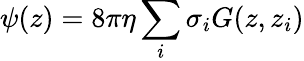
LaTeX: \psi(z)=8\pi\eta\sum_{i}\sigma_{i}G(z,z_{i})